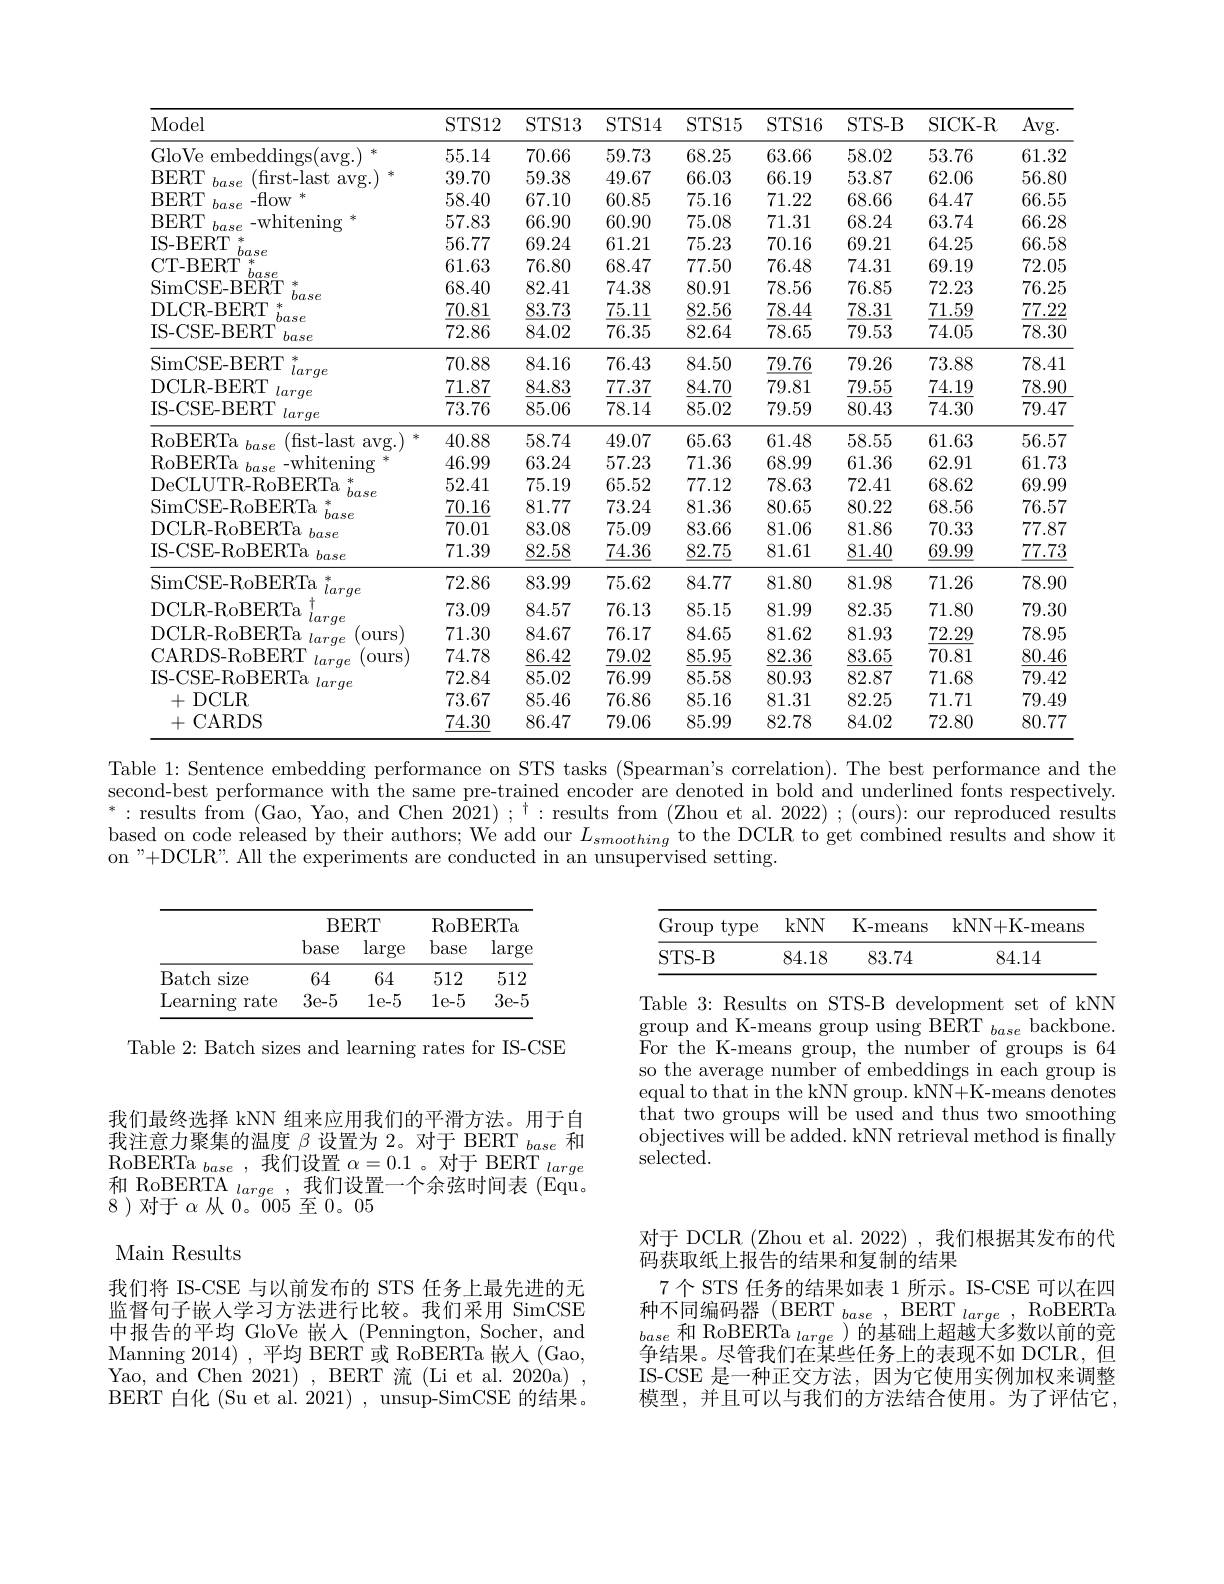
<table>
	<tbody>
		<tr>
			<th>Model</th>
			<th>STS12</th>
			<th>STS13</th>
			<th>STS14</th>
			<th>STS15</th>
			<th>STS16</th>
			<th>STS- B</th>
			<th>SICK- R</th>
			<th>Avg. </th>
		</tr>
		<tr>
			<td>GloVe embeddings( avg. ) 水</td>
			<td>55.14</td>
			<td>70.66</td>
			<td>59.73</td>
			<td>68.25</td>
			<td>63.66</td>
			<td>58.02</td>
			<td>53.76</td>
			<td>61.32</td>
		</tr>
		<tr>
			<td>BERT (first- last base avg 水</td>
			<td>39.70</td>
			<td>59.38</td>
			<td>49.67</td>
			<td>66.03</td>
			<td>66.19</td>
			<td>53.87</td>
			<td>62.06</td>
			<td>56.80</td>
		</tr>
		<tr>
			<td>BERT $-flow$ 冰 base</td>
			<td>58.40</td>
			<td>67.10</td>
			<td>60.85</td>
			<td>75.16</td>
			<td>71.22</td>
			<td>68.66</td>
			<td>64.47</td>
			<td>66.55</td>
		</tr>
		<tr>
			<td>BERT - whitening $bas\epsilon$</td>
			<td>57.83</td>
			<td>66.90</td>
			<td>60.90</td>
			<td>75.08</td>
			<td>71.31</td>
			<td>68.24</td>
			<td>63.74</td>
			<td>66.28</td>
		</tr>
		<tr>
			<td>IS- BERT 米</td>
			<td>56.77</td>
			<td>69.24</td>
			<td>61.21</td>
			<td>75.23</td>
			<td>70.16</td>
			<td>69.21</td>
			<td>64.25</td>
			<td>66.58</td>
		</tr>
		<tr>
			<td>CT-BERT $=4c$</td>
			<td>61.63</td>
			<td>76.80</td>
			<td>68.47</td>
			<td>77.50</td>
			<td>76.48</td>
			<td>74.31</td>
			<td>69.19</td>
			<td>72.05</td>
		</tr>
		<tr>
			<td>SimCSE-BERT</td>
			<td>68.40</td>
			<td>82.41</td>
			<td>74.38</td>
			<td>80.91</td>
			<td>78.56</td>
			<td>76.85</td>
			<td>72.23</td>
			<td>76.25</td>
		</tr>
		<tr>
			<td>DLCR- BERT 冰</td>
			<td>70.81</td>
			<td>83.73</td>
			<td>75.11</td>
			<td>82.56</td>
			<td>78.44</td>
			<td>78.31</td>
			<td>71.59</td>
			<td>77.22</td>
		</tr>
		<tr>
			<td>IS-CSE-BERT base</td>
			<td>72.86</td>
			<td>84.02</td>
			<td>76.35</td>
			<td>82.64</td>
			<td>78.65</td>
			<td>79.53</td>
			<td>74.05</td>
			<td>78.30</td>
		</tr>
		<tr>
			<td>SimCSE-BERT 祥</td>
			<td>70.88</td>
			<td>84.16</td>
			<td>76.43</td>
			<td>84.50</td>
			<td>79.76</td>
			<td>79.26</td>
			<td>73.88</td>
			<td>78.41</td>
		</tr>
		<tr>
			<td>DCLR-BERT larqe</td>
			<td>71.87</td>
			<td>84.83</td>
			<td>77.37</td>
			<td>84.70</td>
			<td>79.81</td>
			<td>79.55</td>
			<td>74.19</td>
			<td>78.90</td>
		</tr>
		<tr>
			<td>IS-CSE-BERT large</td>
			<td>73.76</td>
			<td>85.06</td>
			<td>78.14</td>
			<td>85.02</td>
			<td>79.59</td>
			<td>80.43</td>
			<td>74.30</td>
			<td>79.47</td>
		</tr>
		<tr>
			<td>RoBERTa base (fist- last $avg.)$ 米</td>
			<td>40.88</td>
			<td>58.74</td>
			<td>49.07</td>
			<td>65.63</td>
			<td>61.48</td>
			<td>58.55</td>
			<td>61.63</td>
			<td>56.57</td>
		</tr>
		<tr>
			<td>RoBERTa -whitening base</td>
			<td>46.99</td>
			<td>63.24</td>
			<td>57.23</td>
			<td>71.36</td>
			<td>68.99</td>
			<td>61.36</td>
			<td>62.91</td>
			<td>61.73</td>
		</tr>
		<tr>
			<td>DeCLUTR-RoBERTa 冰</td>
			<td>52.41</td>
			<td>75.19</td>
			<td>65.52</td>
			<td>77.12</td>
			<td>78.63</td>
			<td>72.41</td>
			<td>68.62</td>
			<td>69.99</td>
		</tr>
		<tr>
			<td>$\operatorname{SimCSE-RoBERTa}$</td>
			<td>70.16</td>
			<td>81.77</td>
			<td>73.24</td>
			<td>81.36</td>
			<td>80.65</td>
			<td>80.22</td>
			<td>68.56</td>
			<td>76.57</td>
		</tr>
		<tr>
			<td>DCLR- RoBERTa base</td>
			<td>70.01</td>
			<td>83.08</td>
			<td>75.09</td>
			<td>83.66</td>
			<td>81.06</td>
			<td>81.86</td>
			<td>70.33</td>
			<td>77.87</td>
		</tr>
		<tr>
			<td>IS-CSE-RoBERTa base</td>
			<td>71.39</td>
			<td>82.58</td>
			<td>$\underline{74.36}$</td>
			<td>82.75</td>
			<td>81.61</td>
			<td>81.40</td>
			<td>69.99</td>
			<td>$\underline{77.73}$</td>
		</tr>
		<tr>
			<td>SimCSE- RoBERTa 祥 large</td>
			<td>72.86</td>
			<td>83.99</td>
			<td>75.62</td>
			<td>84.77</td>
			<td>81.80</td>
			<td>81.98</td>
			<td>71.26</td>
			<td>78.90</td>
		</tr>
		<tr>
			<td>DCLR- RoBERTa</td>
			<td>73.09</td>
			<td>84.57</td>
			<td>76.13</td>
			<td>85.15</td>
			<td>81.99</td>
			<td>82.35</td>
			<td>71.80</td>
			<td>79.30</td>
		</tr>
		<tr>
			<td>DCLR- RoBERTa larqe (ours</td>
			<td>71.30</td>
			<td>84.67</td>
			<td>76.17</td>
			<td>84.65</td>
			<td>81.62</td>
			<td>81.93</td>
			<td>72.29</td>
			<td>78.95</td>
		</tr>
		<tr>
			<td>CARDS- RoBERT larqe ours</td>
			<td>74.78</td>
			<td>86.42</td>
			<td>79.02</td>
			<td>85.95</td>
			<td>82.36</td>
			<td>83.65</td>
			<td>70.81</td>
			<td>80.46</td>
		</tr>
		<tr>
			<td>IS- CSE- RoBERTa larqe</td>
			<td>72.84</td>
			<td>85.02</td>
			<td>76.99</td>
			<td>85.58</td>
			<td>80.93</td>
			<td>82.87</td>
			<td>71.68</td>
			<td>79.42</td>
		</tr>
		<tr>
			<td>+DCLR</td>
			<td>73.67</td>
			<td>85.46</td>
			<td>76.86</td>
			<td>85.16</td>
			<td>81.31</td>
			<td>82.25</td>
			<td>71.71</td>
			<td>79.49</td>
		</tr>
		<tr>
			<td>+CARDS</td>
			<td>74.30</td>
			<td>86.47</td>
			<td>79.06</td>
			<td>85.99</td>
			<td>82.78</td>
			<td>84.02</td>
			<td>72.80</td>
			<td>80.77</td>
		</tr>
	</tbody>
</table>
Table 1: Sentence embedding performance on STS tasks (Spearman's correlation). The best performance and the

second-best performance with the same pre-trained encoder are denoted in bold and underlined fonts respectively. $^*:$results from (Gao, Yao, and Chen $2021);^\dagger:$ results from (Zhou et al. 2022); (ours): our reproduced results based on code released by their authors; We add our $L_{smoothing}$ to the DCLR to get combined results and show it on"+DCLR". All the experiments are conducted in an unsupervised setting

<table>
	<tbody>
		<tr>
			<th>$\operatorname{Group}$ type</th>
			<th>kNN</th>
			<th>K- means</th>
			<th>kNN+ K- means</th>
		</tr>
		<tr>
			<td>STS- B</td>
			<td>84.18</td>
			<td>83.74</td>
			<td>84.14</td>
		</tr>
	</tbody>
</table>

<table>
	<tbody>
		<tr>
			<th> </th>
			<th colspan="2">BERT</th>
			<th colspan="2">$\operatorname{RoBERTa}$</th>
		</tr>
		<tr>
			<th> </th>
			<th>base</th>
			<th>large</th>
			<th>base</th>
			<th>large</th>
		</tr>
		<tr>
			<td>Batch size</td>
			<td></td>
			<td></td>
			<td>512</td>
			<td>512</td>
		</tr>
		<tr>
			<td> earning rate</td>
			<td>3e-5</td>
			<td>1e-5</td>
			<td>1e-5</td>
			<td>3e-5</td>
		</tr>
	</tbody>
</table>

Table 2: Batch sizes and learning rates for IS-CSE

Table 3: Results on STS-B development set of kNN $\operatorname*{group}_{\mathrm{and~K-means~group~using~BERT~}}_{base}$backbone ${\mathrm{For~the~K-means~group,~the~number~of~groups~is~64}}$ so the average number of embeddings in each group is equal to that in the kNN group. kNN+K-means denotes $\bar{\text{that two groups will be used and thus two smoothing}}$ objectives will be added. kNN retrieval method is fnally selected.

我们最终选择 kNN 组来应用我们的平滑方法。用于自我注意力聚集的温度$\beta$设置为 2。对于 BERT $_base$和RoBERTa $_base$ ,我们设置$\alpha=0.1$ 。对于 BERT $_large$ 和 RoBERTA $_{large}$,我们设置一个余弦时间表(Equ。8)对于$\alpha$从0。005至0。05

Main Results
我们将 IS-CSE 与以前发布的 STS 任务上最先进的无监督句子嵌人学习方法进行比较。我们采用 SimCSE 中报告的平均 GloVe 嵌人 (Pennington, Socher, and Manning 2014),平均 BERT 或 RoBERTa 嵌人 (Gao, Yao, and Chen 2021) , BERT 流 (Li et al. 2020a) BERT 白化 (Su et al. 2021) , unsup-SimCSE 的结果。

对于 DCLR (Zhou et al. 2022), 我们根据其发布的代
码获取纸上报告的结果和复制的结果
7个 STS 任务的结果如表 1 所示。IS-CSE 可以在四种不同编码器$( \mathrm{BERT}_{base}, \mathrm{BERT}_{large}$,RoBERTa $_{base}$和 RoBERTa $_large$ )的基础上超越大多数以前的竞争结果。尽管我们在某些任务上的表现不如 DCLR,但IS-CSE 是一种正交方法，因为它使用实例加权来调整模型，并且可以与我们的方法结合使用。为了评估它，